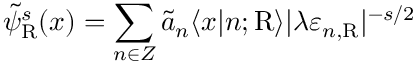
\tilde { \psi } _ { \mathrm { R } } ^ { s } ( x ) = \sum _ { n \in \cal Z } \tilde { a } _ { n } \langle x | n ; \mathrm { R } \rangle | \lambda \varepsilon _ { n , \mathrm { R } } | ^ { - s / 2 }